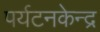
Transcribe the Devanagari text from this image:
पर्यटनकेन्द्र